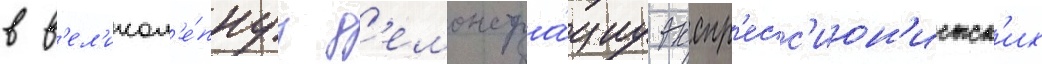
в в'ел'икол'е́пнуу д'емонстра́циу экспр'есс'ион'истск'их